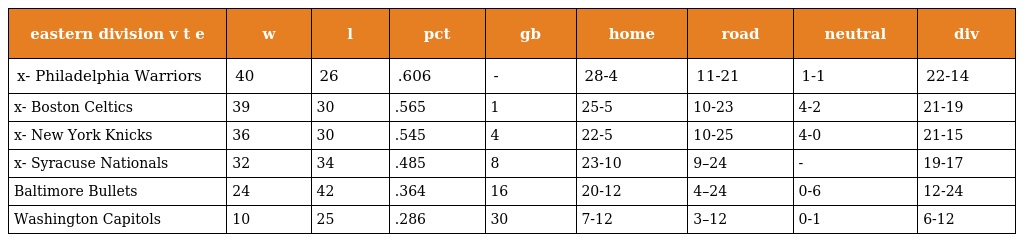
| eastern division v t e | w | l | pct | gb | home | road | neutral | div |
 | --- | --- | --- | --- | --- | --- | --- | --- | --- |
 | x- Philadelphia Warriors | 40 | 26 | .606 | - | 28-4 | 11-21 | 1-1 | 22-14 |
 | x- Boston Celtics | 39 | 30 | .565 | 1 | 25-5 | 10-23 | 4-2 | 21-19 |
 | x- New York Knicks | 36 | 30 | .545 | 4 | 22-5 | 10-25 | 4-0 | 21-15 |
 | x- Syracuse Nationals | 32 | 34 | .485 | 8 | 23-10 | 9–24 | - | 19-17 |
 | Baltimore Bullets | 24 | 42 | .364 | 16 | 20-12 | 4–24 | 0-6 | 12-24 |
 | Washington Capitols | 10 | 25 | .286 | 30 | 7-12 | 3–12 | 0-1 | 6-12 |